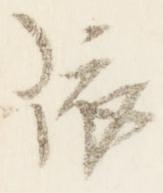
依